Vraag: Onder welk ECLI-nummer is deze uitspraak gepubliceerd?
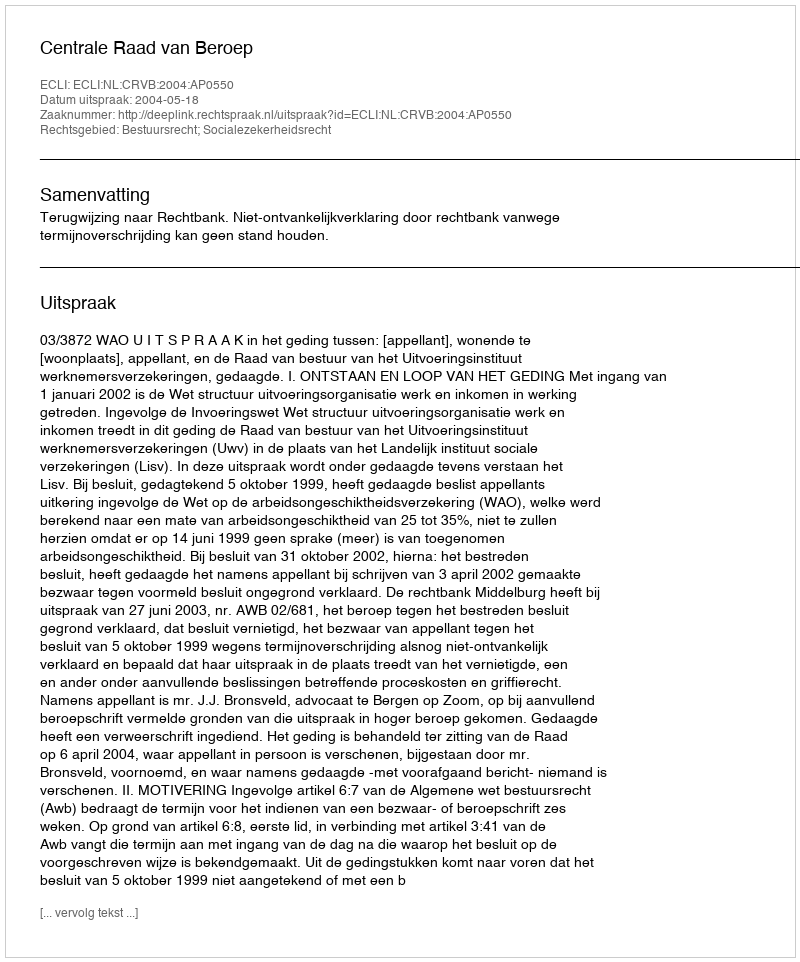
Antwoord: ECLI:NL:CRVB:2004:AP0550